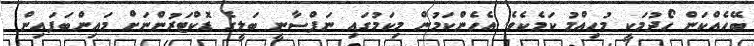
ބޭހެއްކަން ހޯދުމަކީ މުހިއްމު ކަމެކެވެ. އެހެންކަމުން މިކަމުގައި ނަފްސާނީ ބަލީގެ ޑޮކްޓަރުންނަށް މައިންބަފައިން